Annual report on the working of the lock hospitals in the Central Provinces
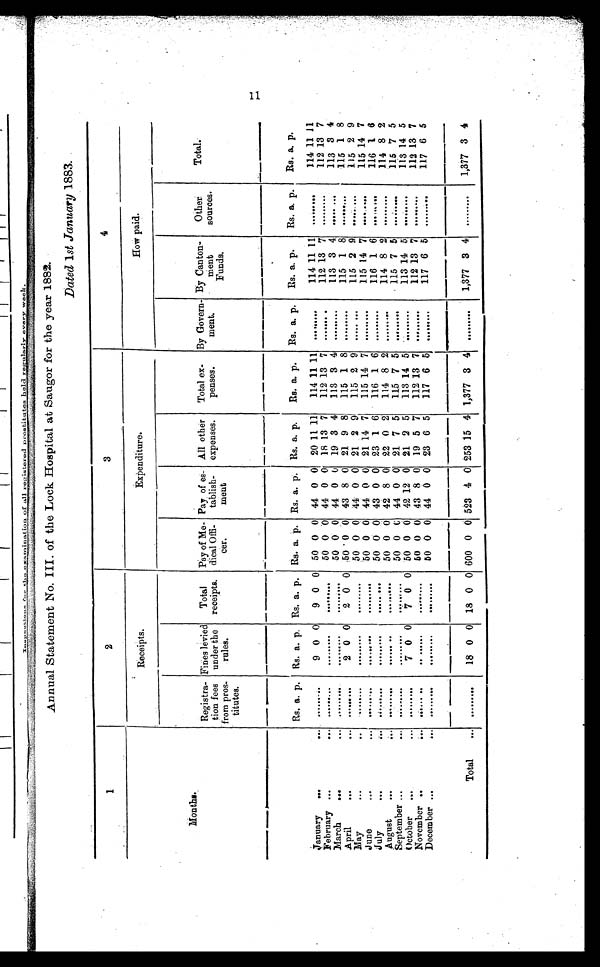
Annual Statement No. III. of the Lock Hospital at Saugor for the year 1882.
Dated 1 st January 1883.
1
2
3
4
Months.
Receipts.
Expenditure.
How paid.
Registra
tion fees
from pros
titutes.
Fines levied
under the
rules.
Total
receipts.
Pay of Me
dical Offi
cer.
Pay of es
tablish
ment
All other
expenses.
Total ex
penses.
By Govern
ment.
By Canton
ment
Funds.
Other
sources.
Total.
Rs. a. p.
Rs. a. p.
Rs. a. p.
Rs. a. p.
Rs. a. p.
Rs. a. p.
Rs. a. p.
Rs. a. p.
Rs. a. p.
Rs. a. p.
Rs. a. p.
January
...
...
... . . . ...
9 0 0
9 0 0
50 0 0
44 0 0
20 11 11
114 11 11
. . .
. . .
. . .
114 11
1 1
...
. . .
. . .
114 11 11
February ...
. . . . . .
...
. . . . . .
. . .
. . .
. . .
. . . 50 0 0
44 0 0
18 13 7
112 13
7 ...
. . .
. . .
112 13
7 ...
. . .
. . .
112 13 7
March
...
. . . . . .
...
. . . . . .
. . .
. . .
. . .
. . . 50 0 0
44 0 0
19 3 4
113 3 4
. . .
. . .
. . .
113 3 4
. . . . . .
. . .
113 3 4
April
...
...
. . . . . .
...
2 0 0
2 0 0
50 0 0
43 8 0
21 9 8
115 1
8 ...
. . .
. . .
115 1 8
. . . . . . .
. . .
115 1 8
May
...
...
. . .
... ...
. . . . . .
. . .
. . .
. . .
. . . 50 0 0
44 0 0
21 2 9
115 2 9
. . .
. . .
. . .
115 2 9
. . . . . .
. . .
115 2 9
June
...
...
. . .
. . .
...
. . . . . .
. . .
. . .
. . .
. . . 50 0 0
44 0 0
21 14 7
115 14 7
. . .
. . .
. . .
115 14 7
. . . . . .
. . .
115 14 7
July
...
. . . . . .
...
. . . . . .
. . .
. . .
. . .
. . . 50 0 0
43 0 0
23 1 6
116 1
6 ...
. . .
. . .
116 1 6
. . . . . .
. . .
116 1 6
August
...
...
. . .
. . .
...
. . . . . .
. . .
. . .
. . .
. . . 50 0 0
42 8 0
22 0 2
114 8
2 ...
. . .
. . .
114 8
2 ...
. . .
. . . 114 8 2
September ...
...
. . . . . .
...
. . . . . .
. . .
. . .
. . .
. . . 50 0
0 44 0 0
21 7 5
115 7
5 ...
. . .
. . .
115 7 5
...
...
. . . 115 7 5
October
... ...
. . . . . .
...
7 0 0
7 0 0
50 0 0
42 12 0
21 2 5
113 14 5
...
...
. . .
113 14
5 ...
. . .
. . . 113 14 5
November ..
...
. . . . . .
...
. . . . . .
. . .
. . .
. . .
. . . 50 0 0
43 8 0
19 5 7
112 13
7 ...
...
. . .
112 13 7
...
. . .
. . . 112 13 7
December ...
...
. . .
. . .
...
. . .
. . .
. . .
. . .
. . .
. . .
50 0 0
44 0 0
23 6 5
117 6 5 ...
...
. . .
117 6
5
...
. . .
. . .
117 6 5
Total
. . . . . .
...
18 0 0
18 0 0 600 0 0 523 4 0 253 15 4 1,377 3
4 ...
...
. . .
1,377 3 4
...
. . .
. . . 1,377 3 4